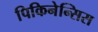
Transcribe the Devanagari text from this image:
पिकिनेन्सिस